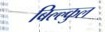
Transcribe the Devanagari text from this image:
बिल्ल्कुल